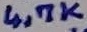
Text: 4,7K